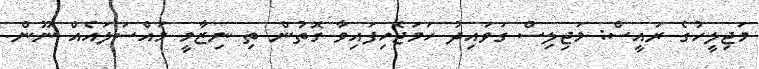
މަޖިލީހުގެ ރައީސް: މަޖިލިސް ގަވައިދު ހަމަޖެހިފައިވާ ގޮތުން ތި ނިޒާމީ މައްސަލައެއް ނޫން.